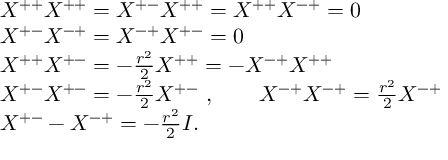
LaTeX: \begin{array} { r l } { { } } & { { X ^ { + + } X ^ { + + } = X ^ { + - } X ^ { + + } = X ^ { + + } X ^ { - + } = 0 } } \\ { { } } & { { X ^ { + - } X ^ { - + } = X ^ { - + } X ^ { + - } = 0 } } \\ { { } } & { { X ^ { + + } X ^ { + - } = - { \frac { r ^ { 2 } } { 2 } } X ^ { + + } = - X ^ { - + } X ^ { + + } } } \\ { { } } & { { X ^ { + - } X ^ { + - } = - { \frac { r ^ { 2 } } { 2 } } X ^ { + - } \ , \qquad X ^ { - + } X ^ { - + } = { \frac { r ^ { 2 } } { 2 } } X ^ { - + } } } \\ { { } } & { { X ^ { + - } - X ^ { - + } = - { \frac { r ^ { 2 } } { 2 } } I . } } \end{array}